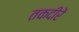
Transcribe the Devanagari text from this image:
तकदीरें